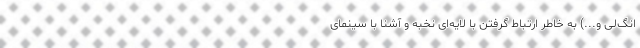
انگ‌لی و...) به خاطر ارتباط گرفتن با لایه‌ای نخبه و آشنا با سینمای